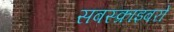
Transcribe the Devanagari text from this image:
सबस्क्राइबरों